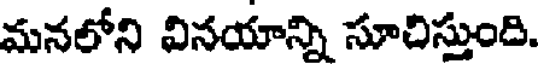
మనలోని వినయాన్ని సూచిస్తుంది.